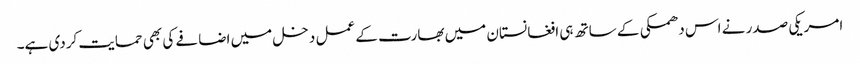
امریکی صدر نے اس دھمکی کے ساتھ ہی افغانستان میں بھارت کے عمل دخل میں اضافے کی بھی حمایت کردی ہے۔